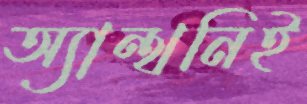
অ্যান্থনিই